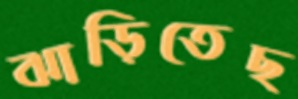
ঝাড়িতেছ